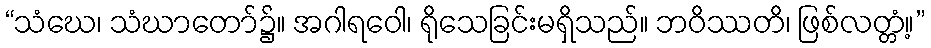
“သံဃေ၊ သံဃာတော်၌။ အဂါရဝေါ၊ ရိုသေခြင်းမရှိသည်။ ဘဝိဿတိ၊ ဖြစ်လတ္တံ့။”